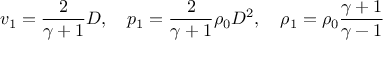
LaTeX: v _ { 1 } = { \frac { 2 } { \gamma + 1 } } D , \quad p _ { 1 } = { \frac { 2 } { \gamma + 1 } } \rho _ { 0 } D ^ { 2 } , \quad \rho _ { 1 } = \rho _ { 0 } { \frac { \gamma + 1 } { \gamma - 1 } }